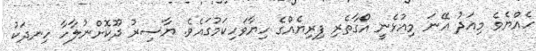
ހެއްޔެވެ މިއަދު އޭނަ މިއުޅެނީ އޯގާތެރި ފިރިޔެއްގެ ހިޔާވަހިކަމުގައެވެ. ޔާސިރު ދޫކޮށްނުލާހާ ހިނދަކު